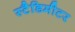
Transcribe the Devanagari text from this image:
स्टैडिमीटर